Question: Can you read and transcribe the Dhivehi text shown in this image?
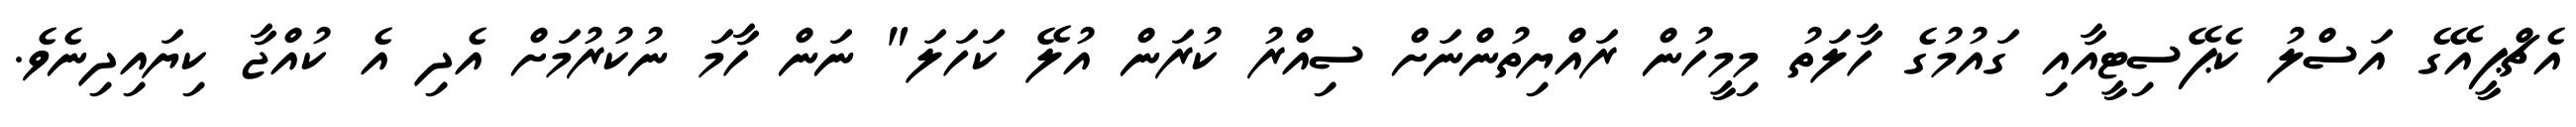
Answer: އެޗްޕީއޭގެ އަސްލު ކެޕޭސިޓީއާއި ގައުމުގެ ހާލަތު މިމީހުން ރައްޔިތުންނަށް ސިއްރު ކުރަން އުލޭ ކަހަލަ" ނަން ހާމަ ނުކުރުމަށް އެދި އެ ކުއްޖާ ކިޔައިދިނެވެ.